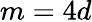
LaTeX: m=4d